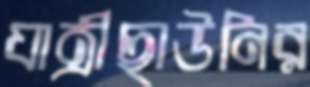
যাত্রীছাউনির